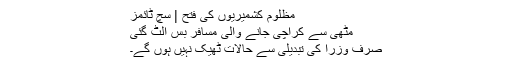
مظلوم کشمیریوں کی فتح | سچ ٹائمز
مٹھی سے کراچی جانے والی مسافر بس الٹ گئی
صرف وزرا کی تبدیلی سے حالات ٹھیک نہیں ہوں گے۔